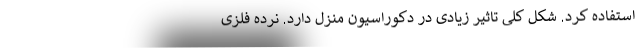
استفاده کرد. شکل کلی تاثیر زیادی در دکوراسیون منزل دارد. نرده فلزی